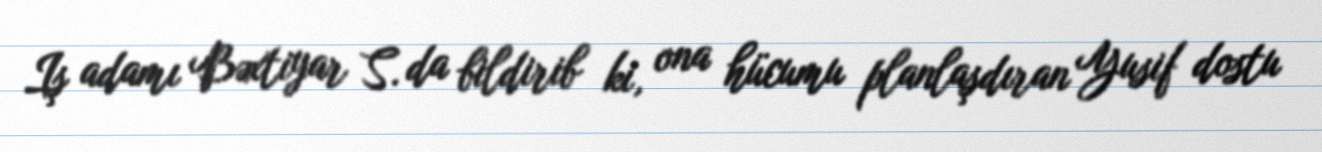
Iş adamı Bəxtiyar S. da bildirib ki, ona hücumu planlaşdıran Yusif dostu